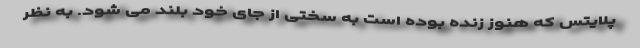
پلایتس که هنوز زنده بوده است به سختی از جای خود بلند می شود. به نظر